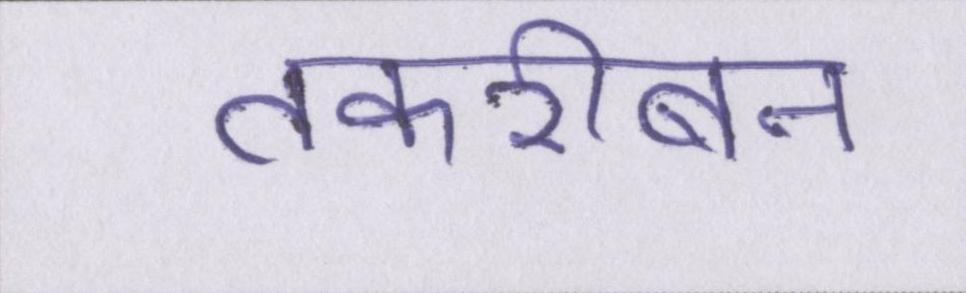
तकरीबन